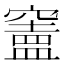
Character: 𥨠